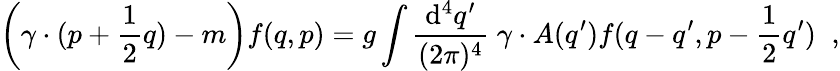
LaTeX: \left(\gamma\cdot(p+\frac{1}{2}q)-m\right)f(q,p)=g\int\frac{\mathrm{d}^{4}q^{\prime}}{(2\pi)^{4}}\; \gamma\cdot A(q^{\prime})f(q-q^{\prime},p-\frac{1}{2}q^{\prime})\; \; ,